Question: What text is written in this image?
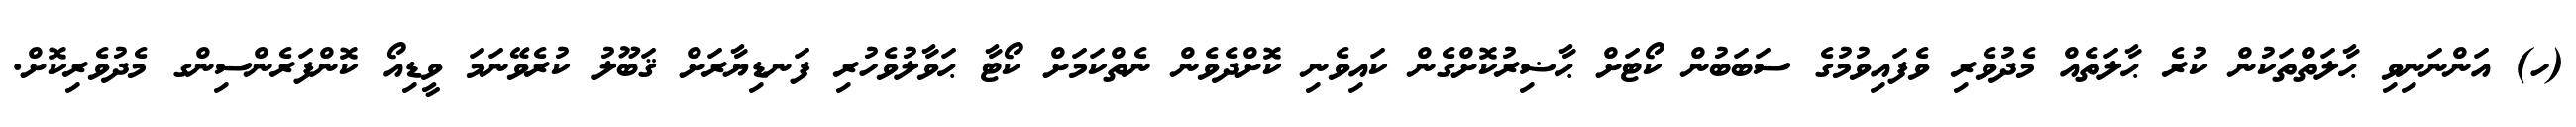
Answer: (ހ) އަންނަނިވި ޙާލަތްތަކުން ކުރެ ޙާލަތެއް މެދުވެރި ވެފައިވުމުގެ ސަބަބުން ކޯޓަށް ޙާޟިރުކޮށްގެން ކައިވެނި ކޮށްދެވެން ނެތްކަމަށް ކޯޓާ ޙަވާލުވެހުރި ފަނޑިޔާރަށް ޤަބޫލު ކުރެވޭނަމަ ވީޑިއޯ ކޮންފަރެންސިންގ މެދުވެރިކޮށް.